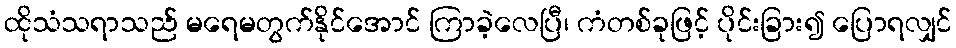
ထိုသံသရာသည် မရေမတွက်နိုင်အောင် ကြာခဲ့လေပြီ၊ ကံတစ်ခုဖြင့် ပိုင်းခြား၍ ပြောရလျှင်